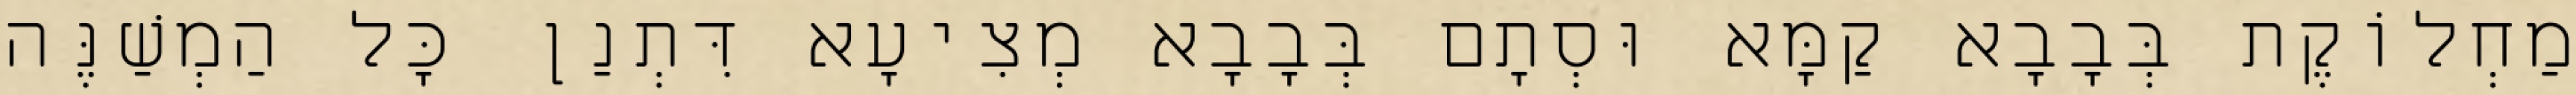
מַחְלוֹקֶת בְּבָבָא קַמָּא וּסְתָם בְּבָבָא מְצִיעָא דִּתְנַן כׇּל הַמְשַׁנֶּה